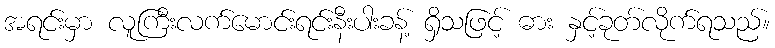
အရင်းမှာ လူကြီးလက်မောင်းရင်းနီးပါးခန့် ရှိသဖြင့် ဓား နှင့်ခုတ်လိုက်ရသည်။